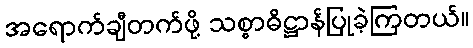
အရောက်ချီတက်ဖို့ သစ္စာဓိဋ္ဌာန်ပြုခဲ့ကြတယ်။